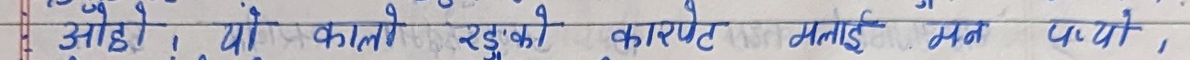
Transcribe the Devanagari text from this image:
आहो! यो कालो रुडुको कारणले मलाई मन पर्यो।